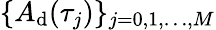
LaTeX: \{ A_{\mathrm{d}}(\tau_{j})\} _{j=0,1,\dots,M}